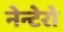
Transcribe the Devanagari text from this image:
नेन्टेरो